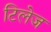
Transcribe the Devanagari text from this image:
टिलेज